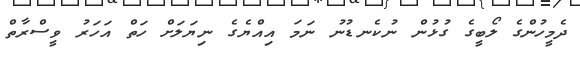
ދެމީހުންގެ ލޯބީގެ ގުޅުން ނުކެނޑުނު ނަމަ އިއްޔެގެ ނިޔަލަށް ހަތް އަހަރު ވީސްރާތް